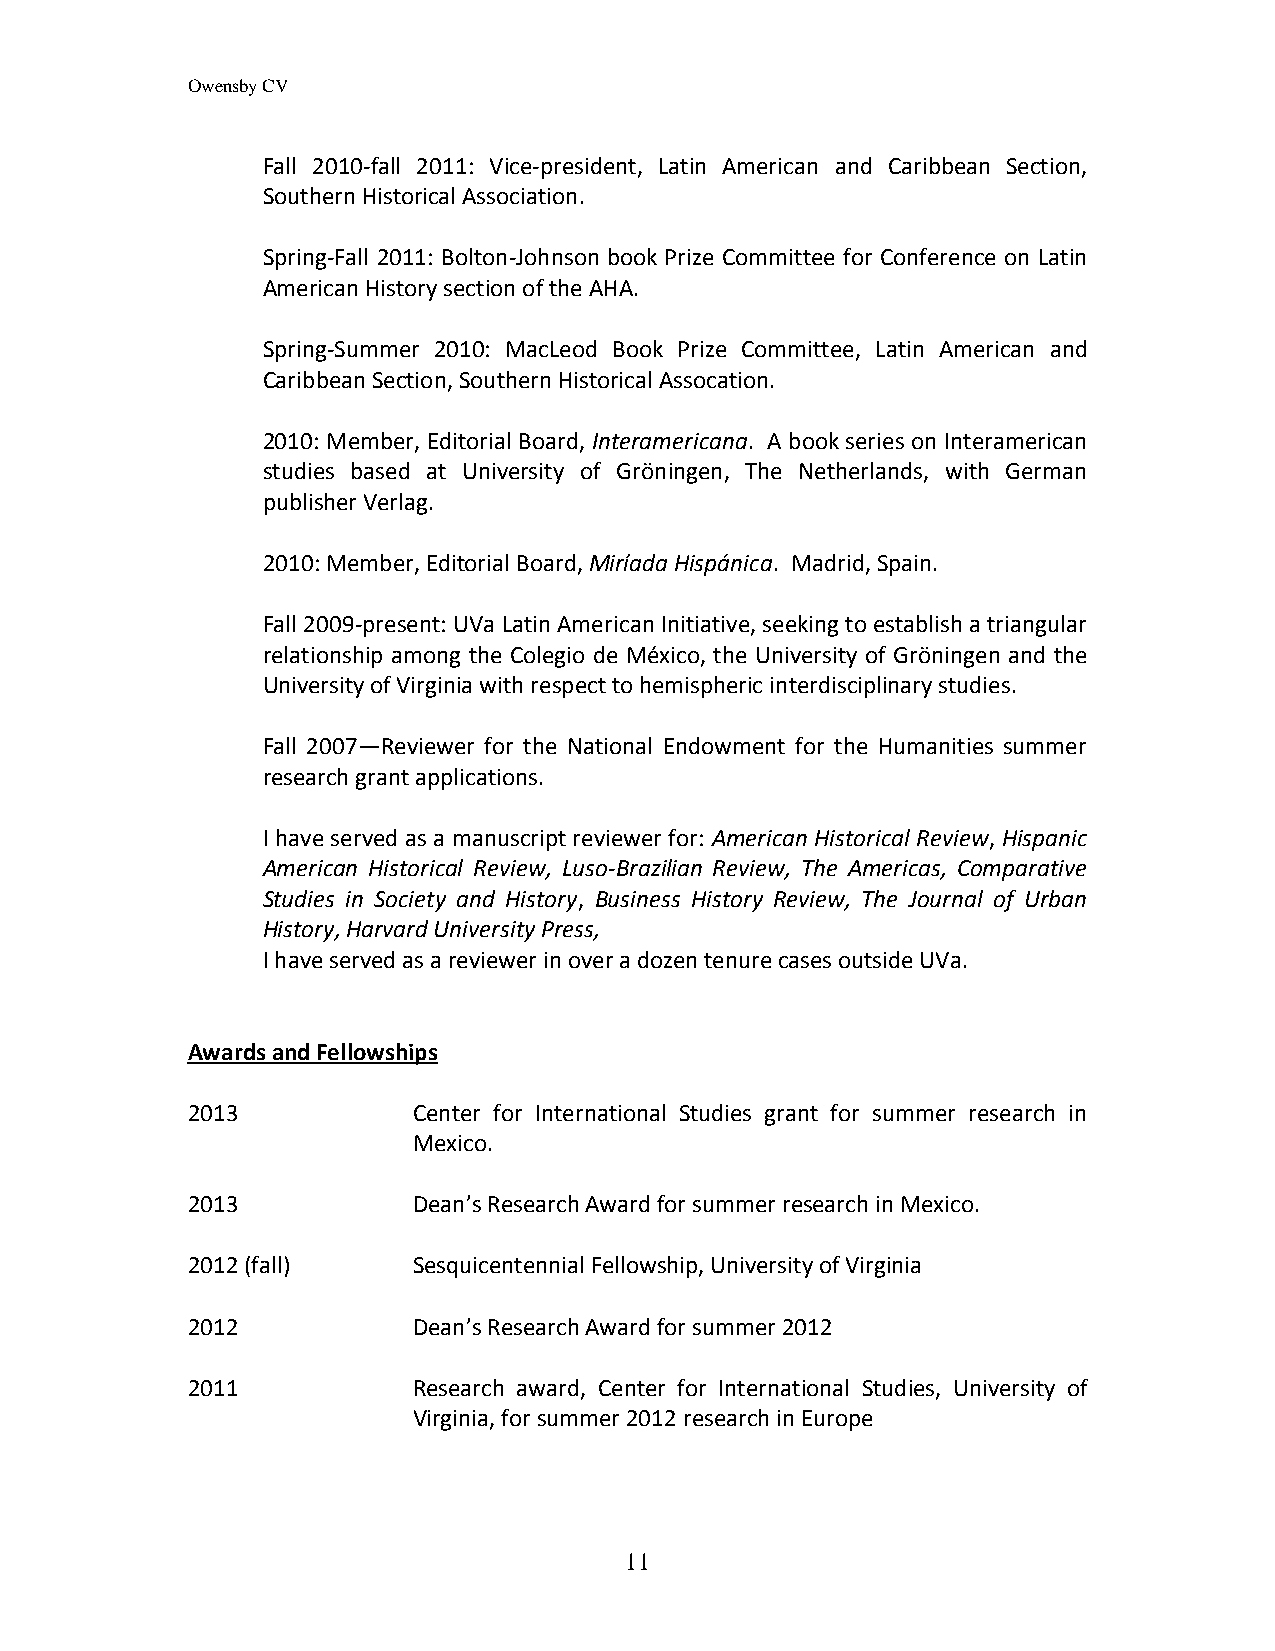
Owensby CV
 Fall 2010-fall 2011: Vice-president, Latin American and Caribbean Section,
 Southern Historical Association.
 Spring-Fall 2011: Bolton-Johnson book Prize Committee for Conference on Latin
 American History section of the AHA.
 Spring-Summer 2010: MacLeod Book Prize Committee, Latin American and
 Caribbean Section, Southern Historical Assocation.
 2010: Member, Editorial Board, Interamericana. A book series on Interamerican
 studies based at University of Gröningen, The Netherlands, with German
 publisher Verlag.
 2010: Member, Editorial Board, Miríada Hispánica. Madrid, Spain.
 Fall 2009-present: UVa Latin American Initiative, seeking to establish a triangular
 relationship among the Colegio de México, the University of Gröningen and the
 University of Virginia with respect to hemispheric interdisciplinary studies.
 Fall 2007—Reviewer for the National Endowment for the Humanities summer
 research grant applications.
 I have served as a manuscript reviewer for: American Historical Review, Hispanic
 American Historical Review, Luso-Brazilian Review, The Americas, Comparative
 Studies in Society and History, Business History Review, The Journal of Urban
 History, Harvard University Press,
 I have served as a reviewer in over a dozen tenure cases outside UVa.
 Awards and Fellowships
 2013           Center for International Studies grant for summer research in
 Mexico.
 2013           Dean’s Research Award for summer research in Mexico.
 2012 (fall)    Sesquicentennial Fellowship, University of Virginia
 2012           Dean’s Research Award for summer 2012
 2011           Research award, Center for International Studies, University of
 Virginia, for summer 2012 research in Europe
 11